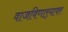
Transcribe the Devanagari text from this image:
वाजविणार्‍यावर